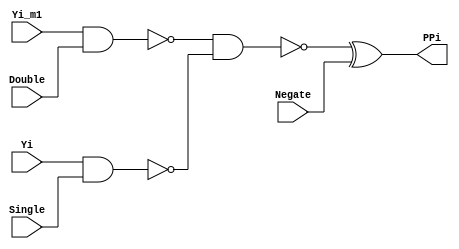
// Copyright (C) 1991-2013 Altera Corporation
// Your use of Altera Corporation's design tools, logic functions 
// and other software and tools, and its AMPP partner logic 
// functions, and any output files from any of the foregoing 
// (including device programming or simulation files), and any 
// associated documentation or information are expressly subject 
// to the terms and conditions of the Altera Program License 
// Subscription Agreement, Altera MegaCore Function License 
// Agreement, or other applicable license agreement, including, 
// without limitation, that your use is for the sole purpose of 
// programming logic devices manufactured by Altera and sold by 
// Altera or its authorized distributors.  Please refer to the 
// applicable agreement for further details.

// PROGRAM		"Quartus II 64-Bit"
// VERSION		"Version 13.0.1 Build 232 06/12/2013 Service Pack 1 SJ Full Version"
// CREATED		"Wed Nov 06 13:56:51 2013"

module PPgen(
	Single,
	Yi,
	Double,
	Negate,
	Yi_m1,
	PPi
);


input wire	Single;
input wire	Yi;
input wire	Double;
input wire	Negate;
input wire	Yi_m1;
output wire	PPi;

wire	SYNTHESIZED_WIRE_0;
wire	SYNTHESIZED_WIRE_1;
wire	SYNTHESIZED_WIRE_2;




assign	SYNTHESIZED_WIRE_1 = ~(Yi & Single);

assign	SYNTHESIZED_WIRE_0 = ~(Yi_m1 & Double);

assign	SYNTHESIZED_WIRE_2 = ~(SYNTHESIZED_WIRE_0 & SYNTHESIZED_WIRE_1);

assign	PPi = SYNTHESIZED_WIRE_2 ^ Negate;


endmodule